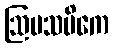
ဩပသမိကေ